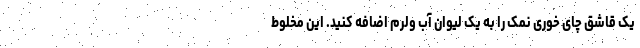
یک قاشق چای خوری نمک را به یک لیوان آب ولرم اضافه کنید. این مخلوط